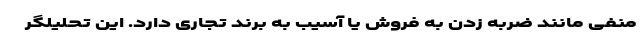
منفی مانند ضربه زدن به فروش یا آسیب به برند تجاری دارد. این تحلیلگر